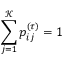
\sum _ { j = 1 } ^ { \mathcal { K } } p _ { i j } ^ { ( \tau ) } = 1